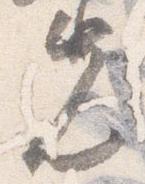
先